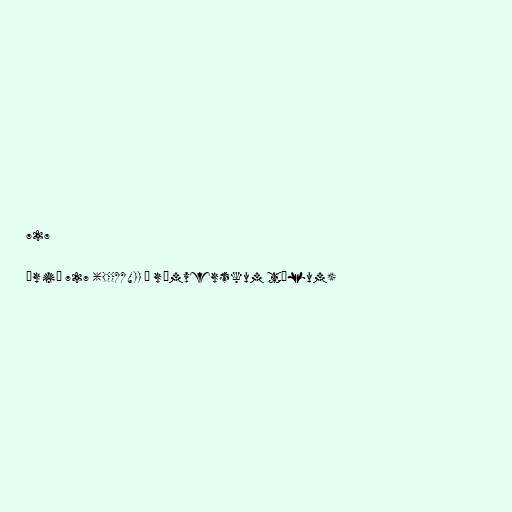
727

Árið 727 (DCCXXVII í rómverskum tölum)